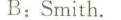
B:Smith.